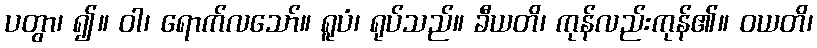
ပတွာ၊ ၍။ ဝါ၊ ရောက်လသော်။ ရူပံ၊ ရုပ်သည်။ ခီယတိ၊ ကုန်လည်းကုန်၏။ ဝယတိ၊